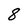
Character: 8